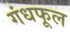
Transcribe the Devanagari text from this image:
गंधफूल